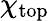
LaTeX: \chi_{\mathrm{top}}